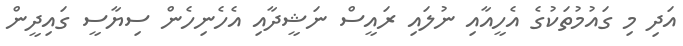
އަދި މި ގައުުމުތަކުގެ އެހީއާއި ނުލައި ރައީސް ނަޝީދާއި އެހެނިހެން ސިޔާސީ ގައިދީން